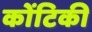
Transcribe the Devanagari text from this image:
कोंटिकी